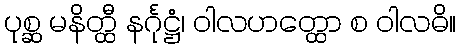
ပုစ္ဆ မနိတ္ထီ နင်္ဂုဋ္ဌံ၊ ဝါလဟတ္ထော စ ဝါလဓိ။